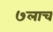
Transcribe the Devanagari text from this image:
७लाच